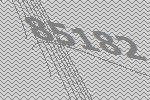
85182